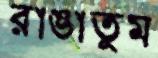
রাঙাতুম